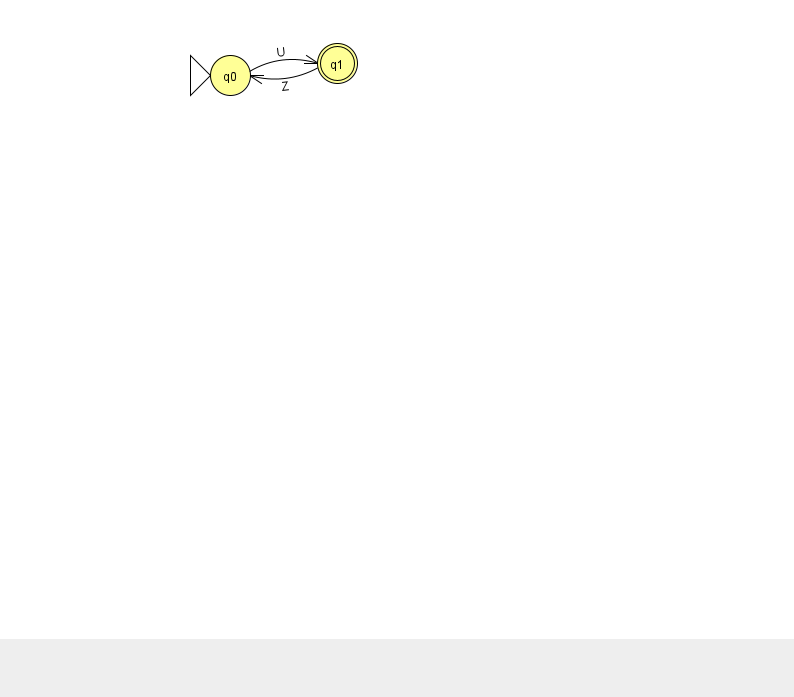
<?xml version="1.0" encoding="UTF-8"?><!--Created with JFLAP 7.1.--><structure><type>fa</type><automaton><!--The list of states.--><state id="0" name="q0"><x>230.0</x><y>62.0</y><initial/></state><state id="1" name="q1"><x>337.0</x><y>50.0</y><final/></state><!--The list of transitions.--><transition><from>1</from><to>0</to><read>Z</read></transition><transition><from>0</from><to>1</to><read>U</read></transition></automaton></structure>